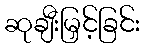
ဆုချီးမြှင့်ခြင်း